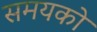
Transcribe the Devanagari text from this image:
समयको